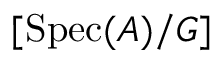
[ { \mathrm { S p e c } } ( A ) / G ]